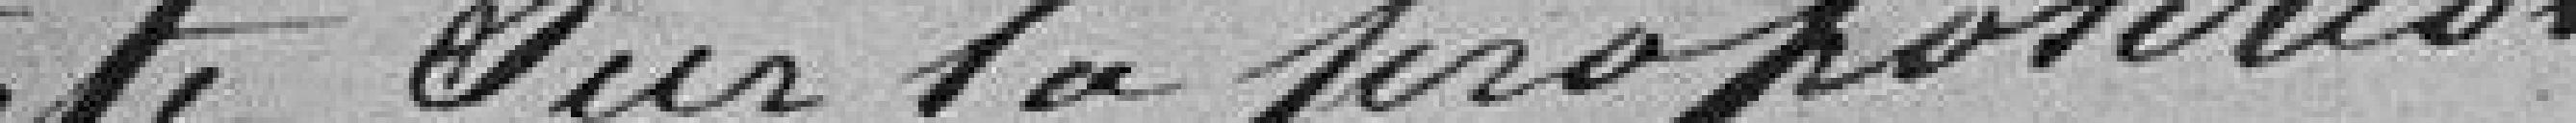
Et sur la proposition